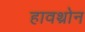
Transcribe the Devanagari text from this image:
हावथ्रोन